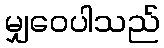
မျှဝေပါသည်